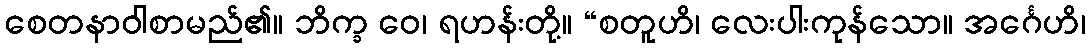
စေတနာဝါစာမည်၏။ ဘိက္ခ ဝေ၊ ရဟန်းတို့။ “စတူဟိ၊ လေးပါးကုန်သော။ အင်္ဂေဟိ၊